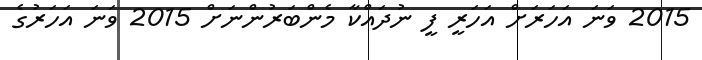
2015 ވަނަ އަހަރަށް އަހަރީ ފީ ނުދައްކާ މެންބަރުންނަށް 2015 ވަނަ އަހަރުގެ